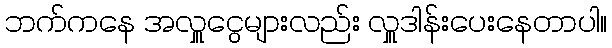
ဘက်ကနေ အလှူငွေများလည်း လှူဒါန်းပေးနေတာပါ။